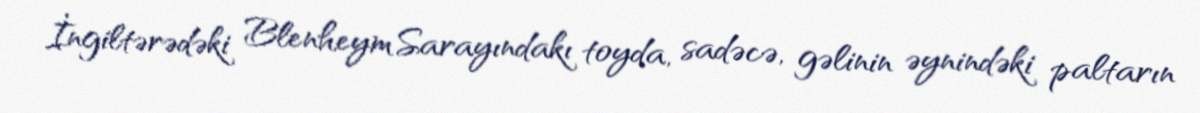
İngiltərədəki Blenheym Sarayındakı toyda, sadəcə, gəlinin əynindəki paltarın